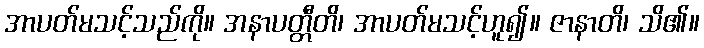
အာပတ်မသင့်သည်ကို။ အနာပတ္တီတိ၊ အာပတ်မသင့်ဟူ၍။ ဇာနာတိ၊ သိ၏။